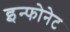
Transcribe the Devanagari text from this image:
इन्फोनेट